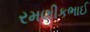
રમણીકભાઈ